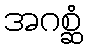
အဂစ္ဆံ